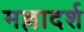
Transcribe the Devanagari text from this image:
मल्लादर्श